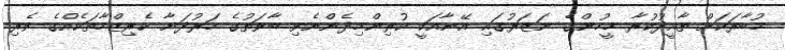
މުބާރަކަށް ތާއީދުކުރާ މީހުންގެ ނަޒަރުގައި އޭނާއަކީ ކުރިންމިދެންނެވި ބާވަތުގެ ހަރުދަނާ ކެރިޒްމާތަކެއްގެ ވެރި